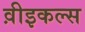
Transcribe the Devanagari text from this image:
व़ीइकल्स